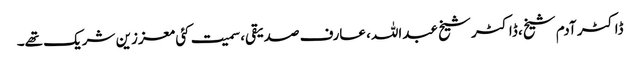
ڈاکٹر آدم شیخ، ڈاکٹر شیخ عبداللہ، عارف صدیقی، سمیت کئی معززین شریک تھے۔